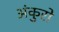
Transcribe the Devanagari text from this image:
अंकुरो